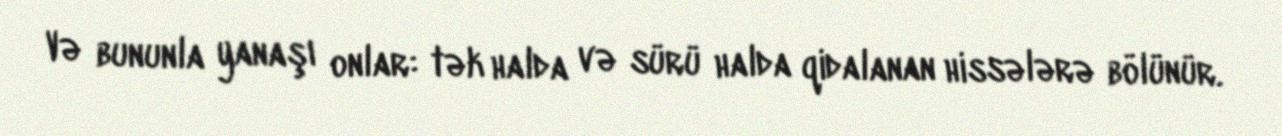
Və bununla yanaşı onlar: tək halda və sürü halda qidalanan hissələrə bölünür.